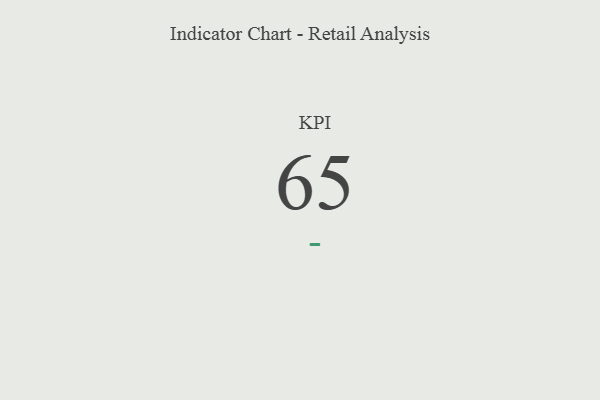
{"axis": {"x": "KPI", "y": "Value"}, "legend": [""], "data": [{"x": "KPI", "y": 65, "type": ""}]}